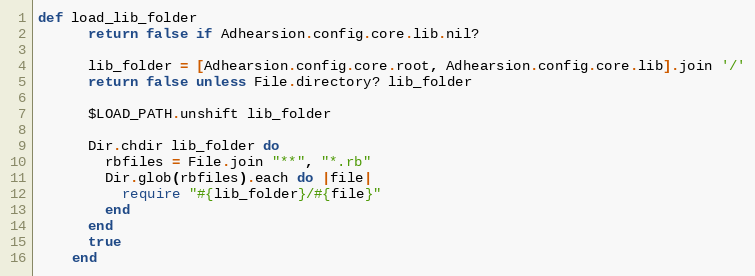
Language: Ruby
def load_lib_folder
      return false if Adhearsion.config.core.lib.nil?

      lib_folder = [Adhearsion.config.core.root, Adhearsion.config.core.lib].join '/'
      return false unless File.directory? lib_folder

      $LOAD_PATH.unshift lib_folder

      Dir.chdir lib_folder do
        rbfiles = File.join "**", "*.rb"
        Dir.glob(rbfiles).each do |file|
          require "#{lib_folder}/#{file}"
        end
      end
      true
    end